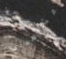
مشاهدتي